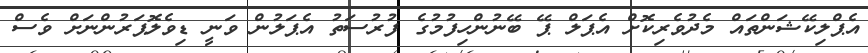
އެޕްލިކޭޝަންތައް މެދުވެރިކޮށް އެޕަލް ޕޭ ބޭނުންހިފުމުގެ ފުރުސަތު އެޕަލުން ވަނީ ޑިވެލޮޕަރުންނަށް ވެސް